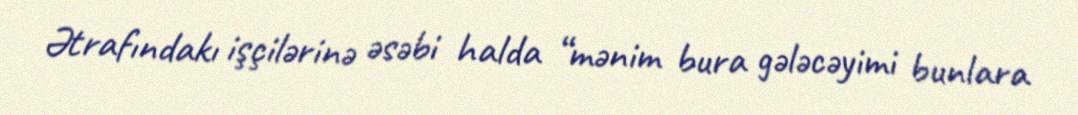
Ətrafındakı işçilərinə əsəbi halda “mənim bura gələcəyimi bunlara